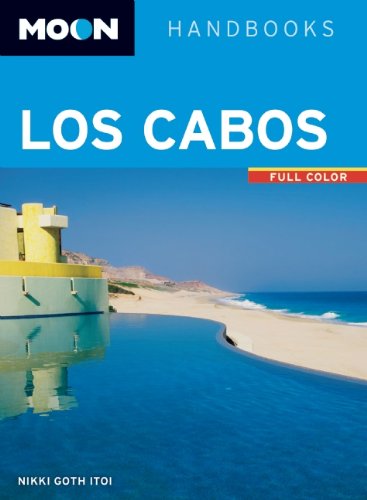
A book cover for Moon Los Cabos: Including La Paz & Todos Santos (Moon Handbooks); Nikki Goth Itoi; History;